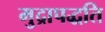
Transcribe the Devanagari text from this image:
मुद्रापद्धति